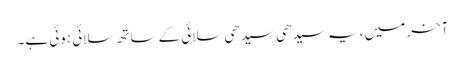
آخر میں ، یہ سیدھی سیدھی سلائی کے ساتھ سلائی ہوئی ہے۔